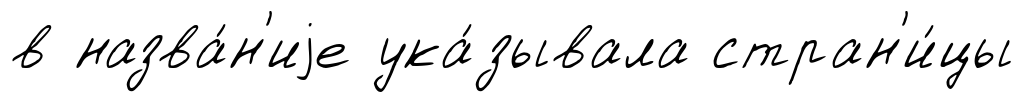
в назва́н'иjе ука́зывала стран'и́цы